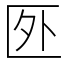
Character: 㔰